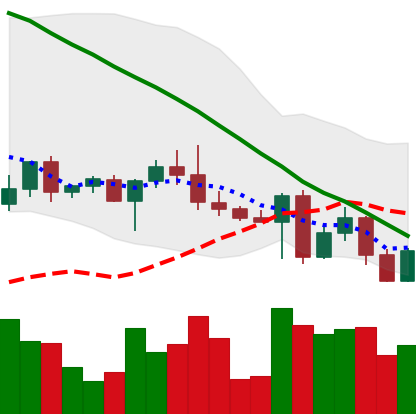
Ticker: ETH-USD
Chart end date: 2022-05-01
Forward return: -4.695%
Label: down_3_5